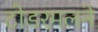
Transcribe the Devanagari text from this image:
टोडरमलने